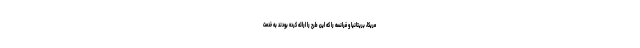
مریکا، بریتانیا و فرانسه را که این طرح را ارائه کرده بودند به خدمت